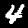
Digit: 4